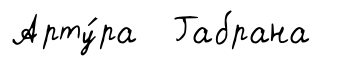
Арту́ра Габрана